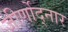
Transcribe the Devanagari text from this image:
जीर्णोद्नार